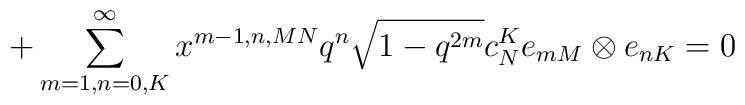
+ \sum_{m=1,n=0,K}^{\infty} x^{m-1,n,MN} q^{n}\sqrt{1-q^{2m}} c_{N}^{K}e_{mM}\otimes e_{nK} =0